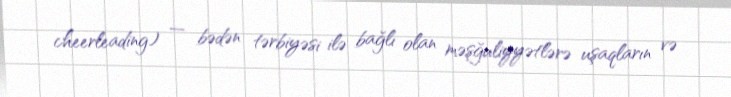
cheerleading) — bədən tərbiyəsi ilə bağlı olan məşğuliyyətlərə uşaqların və